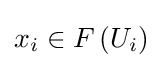
x_{i}\in F\left(U_{i}\right)